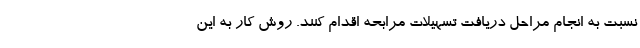
نسبت به انجام مراحل دریافت تسهیلات مرابحه اقدام کنند. روش کار به این